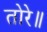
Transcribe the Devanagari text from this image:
तोरे॥